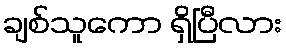
ချစ်သူကော ရှိပြီလား